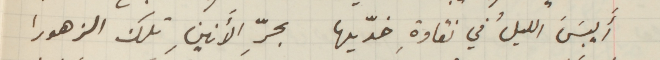
أَيبَسَ الليلُ في نقاوةِ خدّيها بحرِّ الأنينِ تلك الزهورا